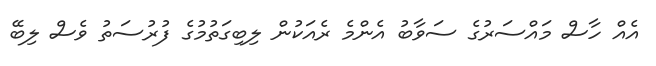
އެއް ހާސް މައްސަރުގެ ސަވާބު އެންމެ ރެއަކުން ލިބިގަތުމުގެ ފުރުސަތު ވެސް ލިބޭ